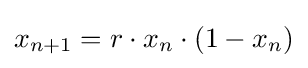
x_{n+1}=r\cdot x_{n}\cdot (1-x_{n})